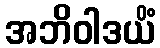
အဘိဝါဒယိံ